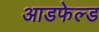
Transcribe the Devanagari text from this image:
आडफेल्ड